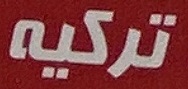
تركيه